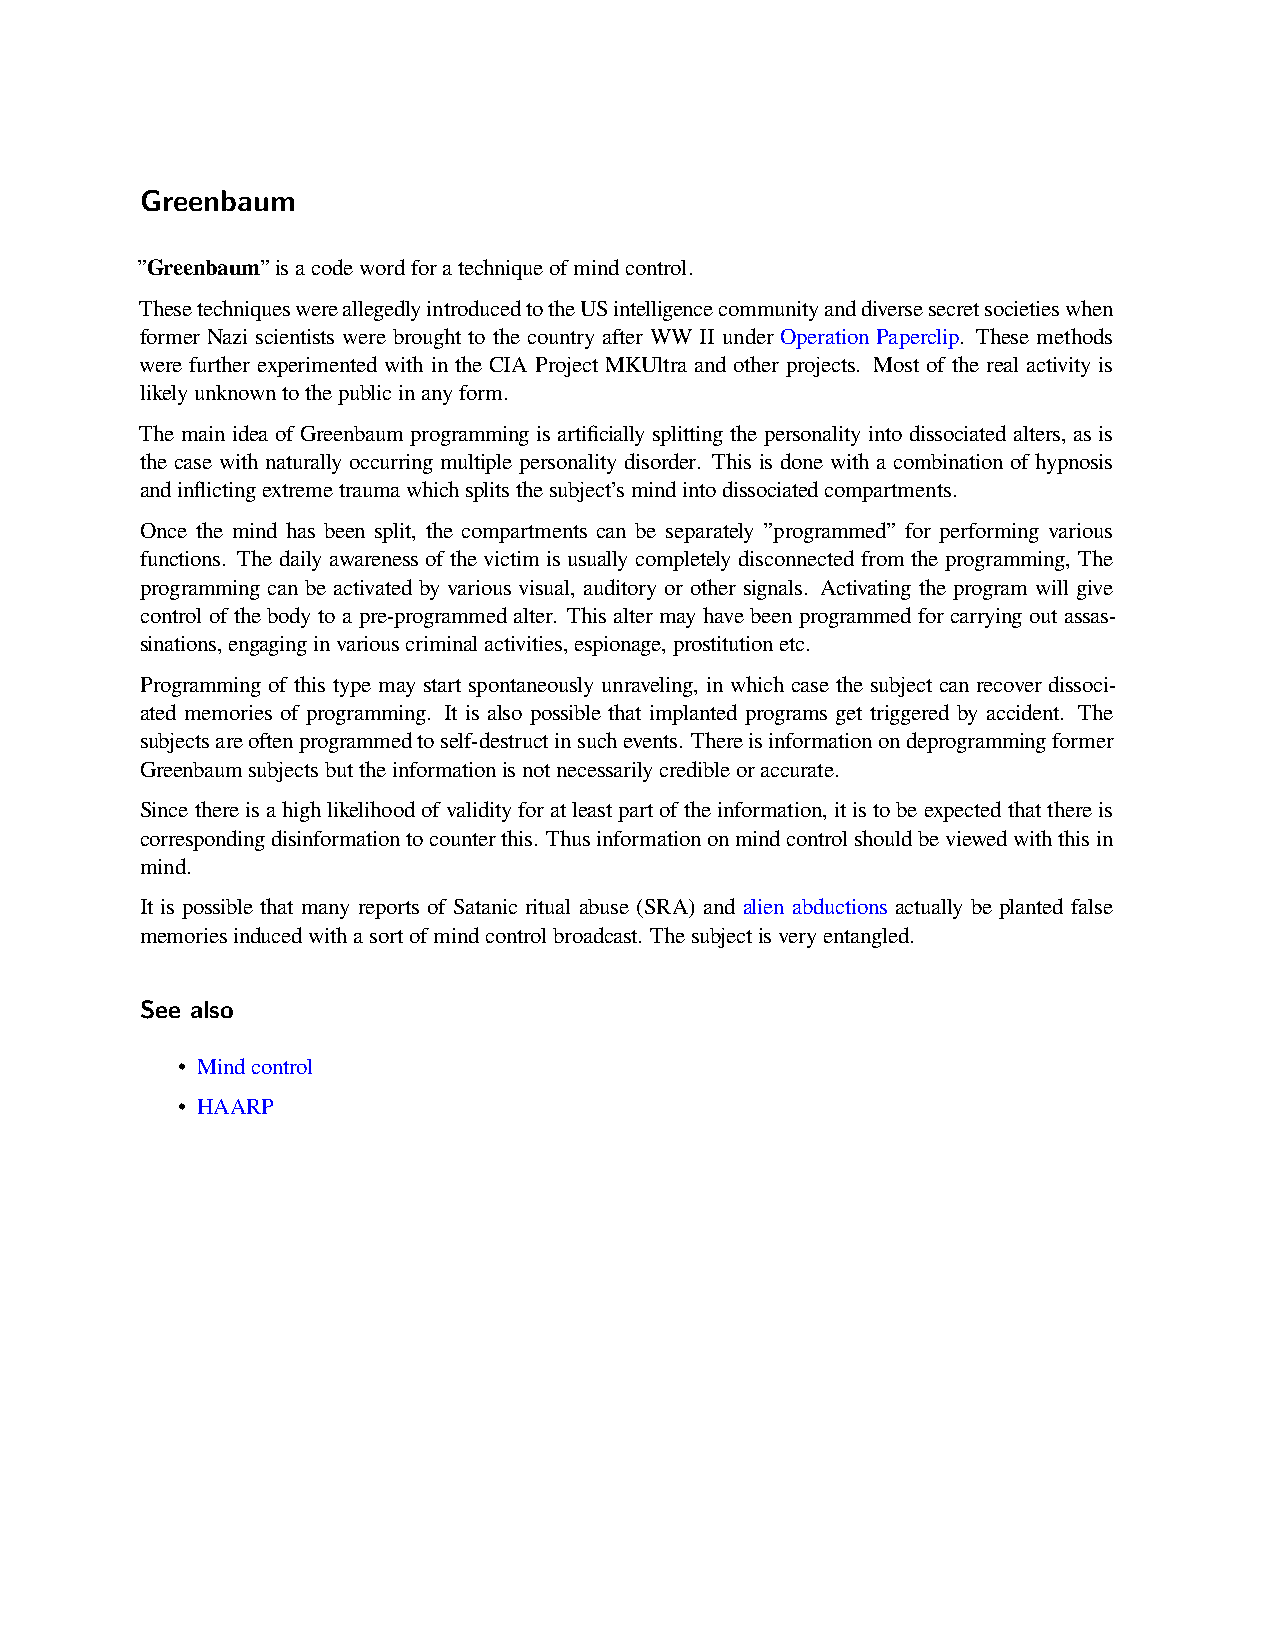
Greenbaum
 ”Greenbaum”isacodewordforatechniqueofmindcontrol.
 ThesetechniqueswereallegedlyintroducedtotheUSintelligencecommunityanddiversesecretsocietieswhen
 former Nazi scientists were brought to the country after WW II under Operation Paperclip. These methods
 were further experimented with in the CIA Project MKUltra and other projects. Most of the real activity is
 likelyunknowntothepublicinanyform.
 The main idea of Greenbaum programming is artificially splitting the personality into dissociated alters, as is
 the case with naturally occurring multiple personality disorder. This is done with a combination of hypnosis
 andinflictingextremetraumawhichsplitsthesubject’smindintodissociatedcompartments.
 Once the mind has been split, the compartments can be separately ”programmed” for performing various
 functions. The daily awareness of the victim is usually completely disconnected from the programming, The
 programming can be activated by various visual, auditory or other signals. Activating the program will give
 controlofthebodytoapre-programmedalter. Thisaltermayhavebeenprogrammedforcarryingoutassas-
 sinations,engaginginvariouscriminalactivities,espionage,prostitutionetc.
 Programming of this type may start spontaneously unraveling, in which case the subject can recover dissoci-
 ated memories of programming. It is also possible that implanted programs get triggered by accident. The
 subjectsareoftenprogrammedtoself-destructinsuchevents. Thereisinformationondeprogrammingformer
 Greenbaumsubjectsbuttheinformationisnotnecessarilycredibleoraccurate.
 Sincethereisahighlikelihoodofvalidityforatleastpartoftheinformation,itistobeexpectedthatthereis
 correspondingdisinformationtocounterthis. Thusinformationonmindcontrolshouldbeviewedwiththisin
 mind.
 It is possible that many reports of Satanic ritual abuse (SRA) and alien abductions actually be planted false
 memoriesinducedwithasortofmindcontrolbroadcast. Thesubjectisveryentangled.
 See also
 • Mindcontrol
 • HAARP